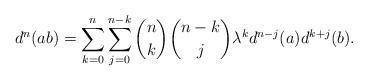
LaTeX: \begin{gather*}d^n(ab)=\sum_{k=0}^n{\sum_{j=0}^{n-k}{\binom{n}{k}\binom{n-k}{j}\lambda^kd^{n-j}(a)d^{k+j}(b)}} .\end{gather*}